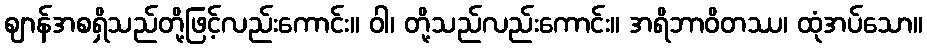
ဈာန်အစရှိသည်တို့ဖြင့်လည်းကောင်း။ ဝါ၊ တို့သည်လည်းကောင်း။ အရိဘာဝိတဿ၊ ထုံအပ်သော။